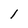
Character: 1